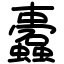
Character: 蠹